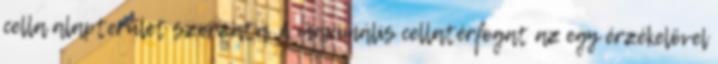
cella alapterület szorzata. A maximális cellatérfogat az egy érzékelõvel